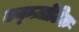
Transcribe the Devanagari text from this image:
एक्ज़ोटिक